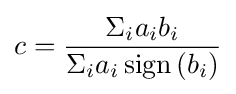
c={\frac {\Sigma _{i}a_{i}b_{i}}{\Sigma _{i}a_{i}\operatorname {sign} {(b_{i})}}}